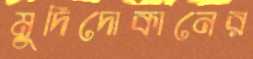
মুদিদোকানের